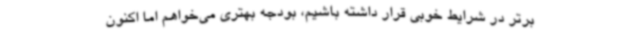
برتر در شرایط خوبی قرار داشته باشیم، بودجه بهتری می‌خواهم اما اکنون